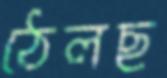
ঠেলছ